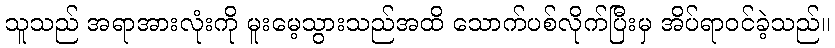
သူသည် အရာအားလုံးကို မူးမေ့သွားသည်အထိ သောက်ပစ်လိုက်ပြီးမှ အိပ်ရာဝင်ခဲ့သည်။